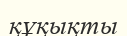
құқықты